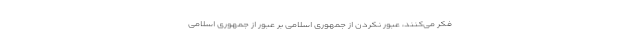
فکر می‌کنند، عبور نکردن از جمهوری اسلامی بر عبور از جمهوری اسلامی